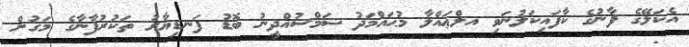
އެކަލޭގެ ފާނުގެ ކާފައިކަލުނަވި އލްޢައްލާ މުޙައްމަދު ޝަމްސުއްދީނު ބޮޑު ފަނޑިޔާރު ތަކުރުފާނާގެ މަގުން